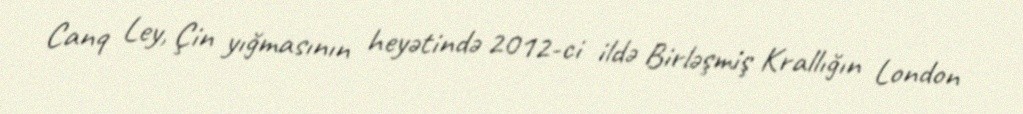
Canq Ley, Çin yığmasının heyətində 2012-ci ildə Birləşmiş Krallığın London